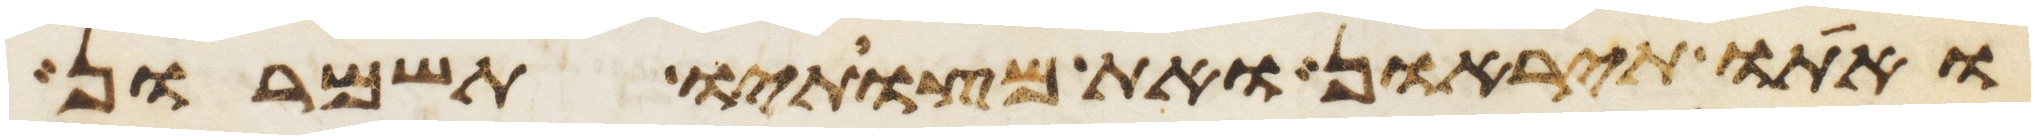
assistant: ואתו תיראון ואת מצותיו תשמרון